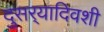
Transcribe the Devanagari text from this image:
दुसर्‍यादिवशी